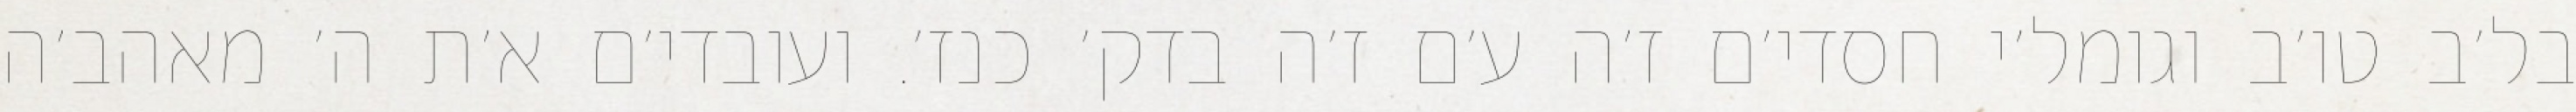
בל׳ב טו׳ב וגומל׳י חסדי׳ם ז׳ה ע׳ם ז׳ה בדק׳ כנז׳. ועובדי׳ם א׳ת ה׳ מאהב׳ה